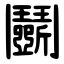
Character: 鬭